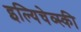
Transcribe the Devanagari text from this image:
इल्यिचेव्स्की